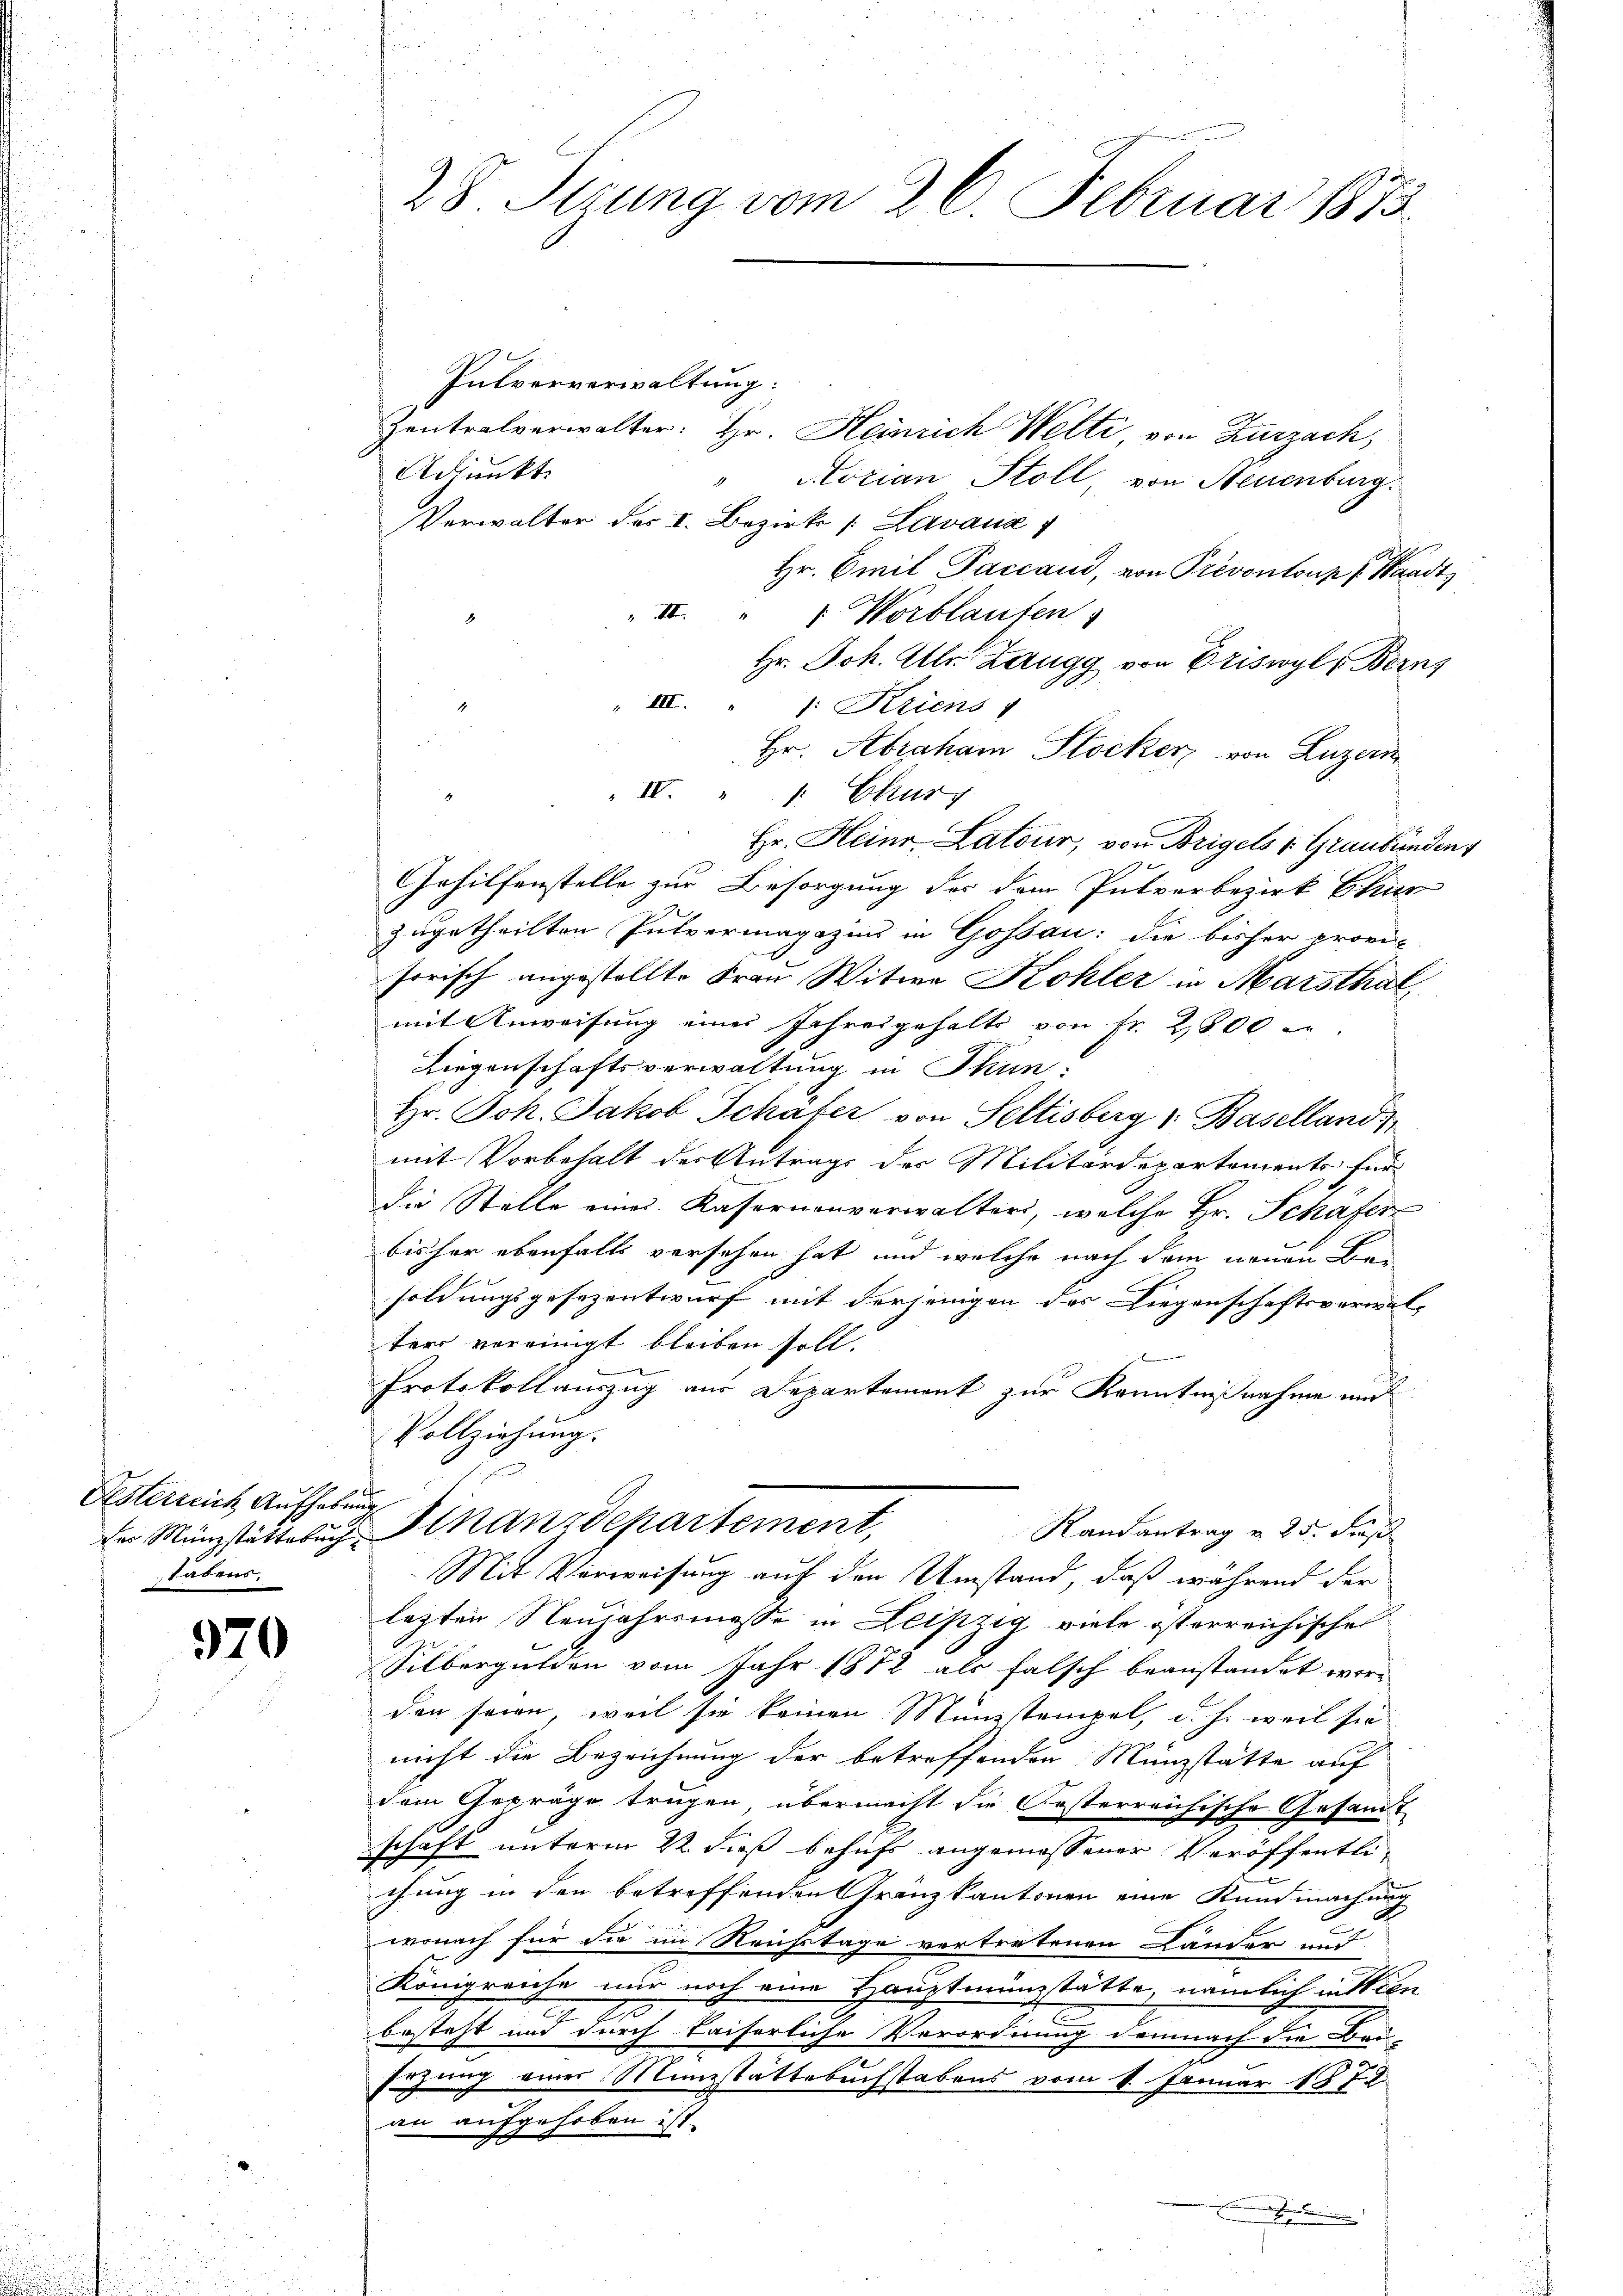
Pesterreich Aufhebung
tätens.

970

28 Sizung vom 26. Februar 1873

Pulververwaltung:
Zentralverwalter: Hr. Heinrich Welti von Zurzach,
Adjunkt
Aorian Stoll, von Neuenburg.
d
Verwalter des I. Bezirk v. Lavaux
Hr. Emil Paccaud, von Prévontoup Waadt,
II. " " Wortlaufen
8
Hr. Joh. Ulr. Zaugg von Priswyl, Berns
" III. " 1: Kriens 1
Hr. Abraham Stocker von Luzern
" IV. " " Chury
 Hr. Heinr-Latour, von Brigels v. Graubünden
Gehilfenstelle zur Besorgung der dem Putverbezirk Chur
zugetheilten Pulvermagazins in Gossau: die bisher provi-
sorisch angestellte Frau Witwe Kohler in Marsthal
mit Anweisung einer Jahresgehalts von Fr. 2800 u.
Liegenschaftsverwaltung in Thun.
Hr. Joh. Jakob Schafer von Seltisberg v. Baselland
mit Vorbehalt des Antrags der Militärdepartements für
die Stelle eines Kasernenverwalters, welche Hr. Schafer
bisher ebenfalls versehen hat, und welche nach dem neuen Besoldungsgesezentwurf mit derjenigen das Liegenschaftsverwal-
ter vereinigt bleiben soll.

Protokollauszug aus Departement zur Kenntnißnahme und
Vollziehung.
der Münzstätterung Finanzdepartement,
Randantrag u. 25. Fuß
Mit Verweisung auf den Umstand, daß während der
lezten Neujahrsmesse in Leiszig viele österreichisches
Silbergulden vom Jahr 1872 als falsch beanstandet werden seien, weil sie keinen Münstempel, d. h. weil sie
nicht die Bezeichnung der betreffenden Münzstätte auf
dem Gepräge tragen, übermacht die Oesterreichische Gesandt
schaft unterm 22. dieß behufs angemessener Veröffentlichung in den betreffenden Gränzkantonen eine Kundmachung
wonach für die im Reichstage vertretenen Länder mit
Königreiche nur noch eine Hauptmüngstätte, nämlich in Wien
e
besteht und durch kaiserliche Verordnung demnach die Bau-
Fehung einer Münzstattebuchstabens vom 1. Januar 1872
an aufgehoben ist.
.